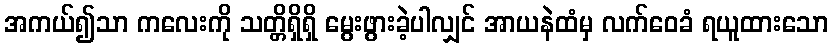
အကယ်၍သာ ကလေးကို သတ္တိရှိရှိ မွေးဖွားခဲ့ပါလျှင် အာယနဲထံမှ လက်ဝေခံ ရယူထားသော